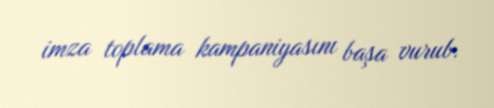
imza toplama kampaniyasını başa vurub.